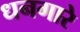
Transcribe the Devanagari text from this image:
धनगारे